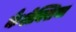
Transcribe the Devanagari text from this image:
कैशेक्सिया